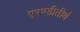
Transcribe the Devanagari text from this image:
एरण्डीतीर्थ